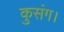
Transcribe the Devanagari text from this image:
कुसंग।